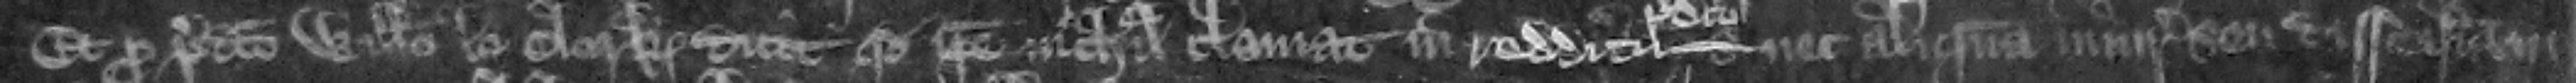
Et pro predicto Willelmo le Clerk dicit quod ipse nichil clamat in redditu predicto nec aliquam iniuriam seu disseisinam